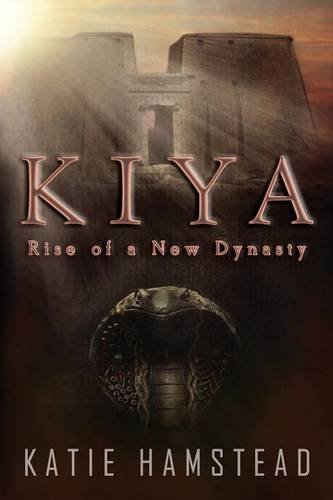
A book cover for Kiya: Rise of a New Dynasty; Katie Hamstead; Romance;